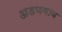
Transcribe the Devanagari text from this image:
अडणगाव